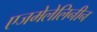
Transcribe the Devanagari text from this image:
एजमेलेलिनीन